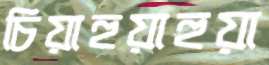
চিয়াহুয়াহুয়া